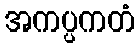
အကပ္ပကတံ